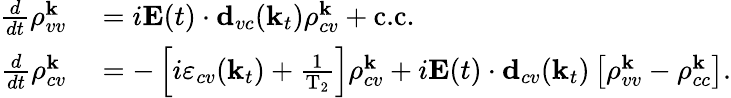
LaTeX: \begin{array}{rl}{\frac{d}{dt}\rho_{vv}^{\textbf{k}}}&{{}=i\textbf{E}(t)\cdot\textbf{d}_{vc}(\textbf{k}_{t})\rho_{cv}^{\textbf{k}}+\textrm{c.c.}}\\ {\frac{d}{dt}\rho_{cv}^{\textbf{k}}}&{{}=-\left[i\varepsilon_{cv}(\textbf{k}_{t})+\frac{1}{\textrm{T}_{2}}\right]\rho_{cv}^{\textbf{k}}+i\textbf{E}(t)\cdot\textbf{d}_{cv}(\textbf{k}_{t})\left[\rho_{vv}^{\textbf{k}}-\rho_{cc}^{\textbf{k}}\right].}\end{array}